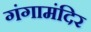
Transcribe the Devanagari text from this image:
गंगामंदिर